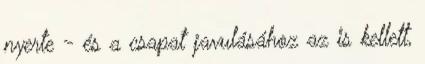
nyerte - és a csapat javulásához az is kellett,